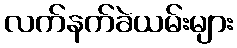
လက်နက်ခဲယမ်းများ